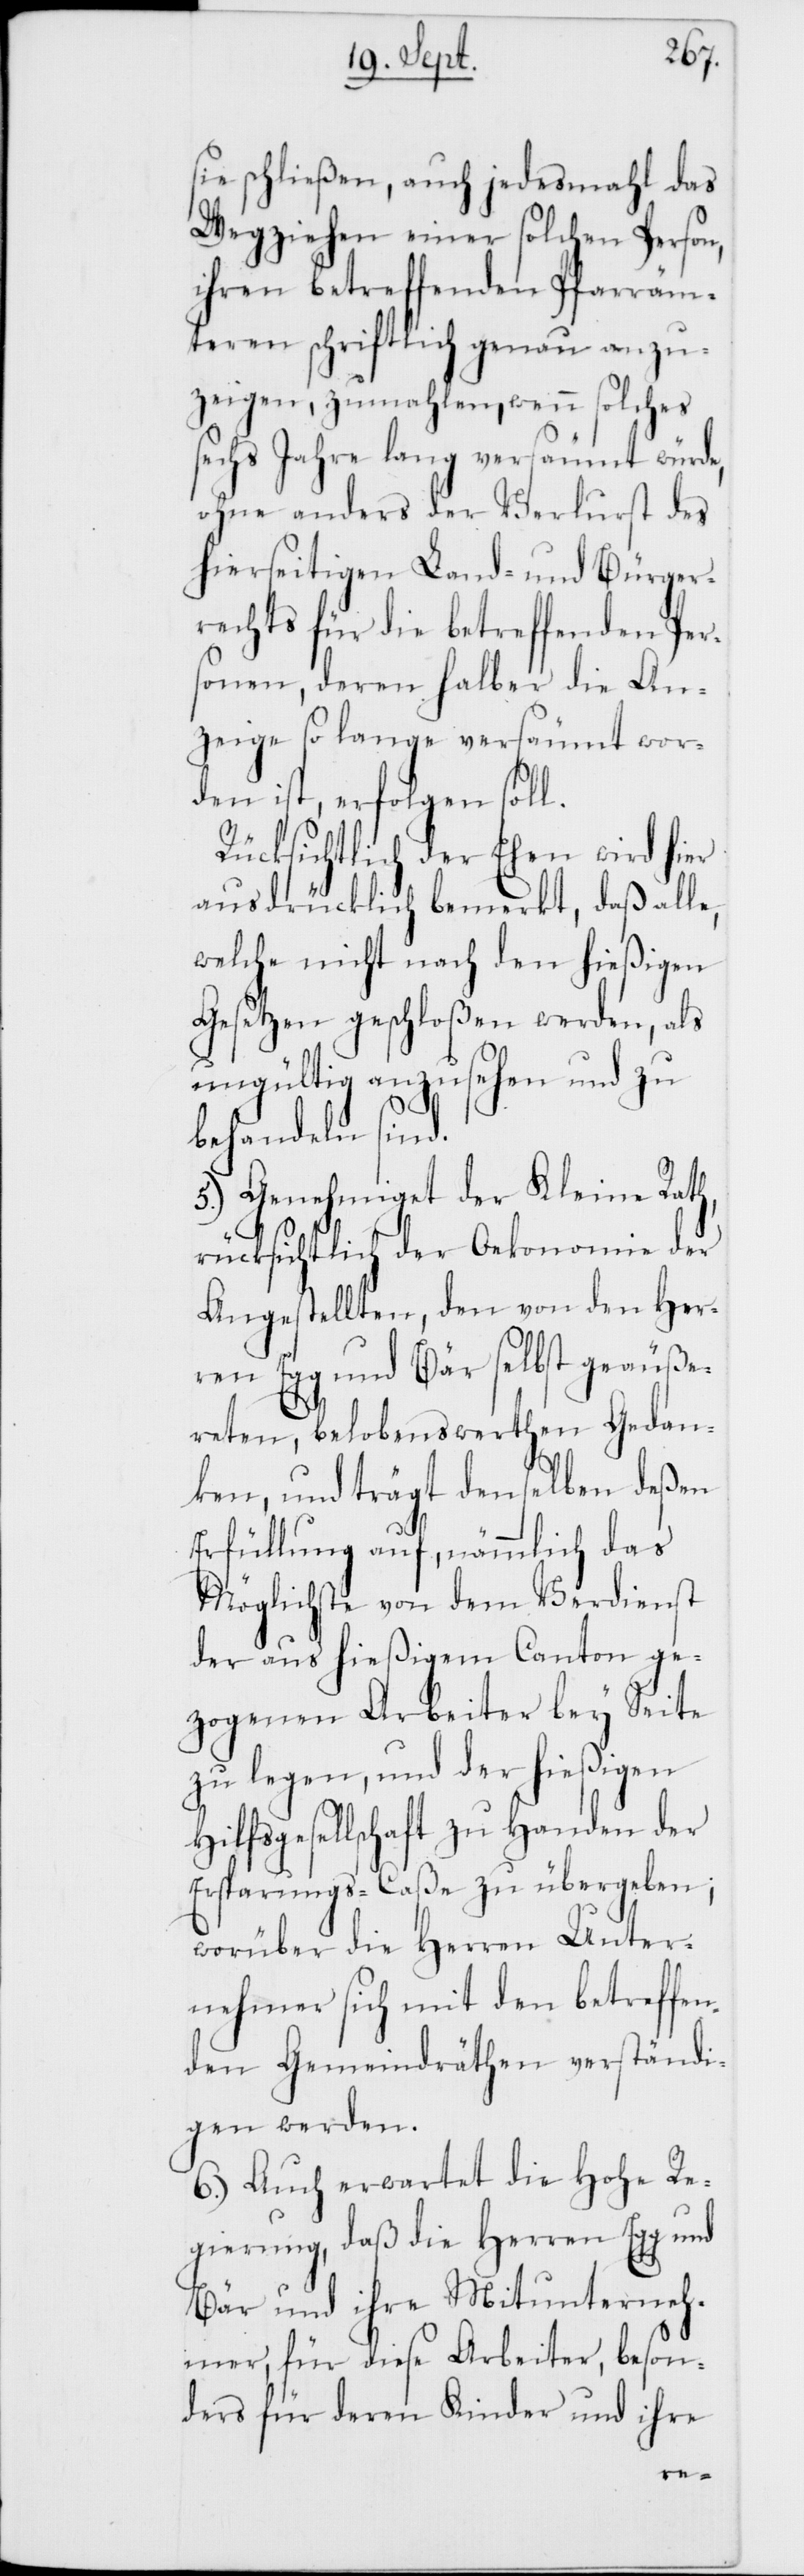
sie schließen, auch jedesmahl
Wegziehen einer solchen Person,
ihren betreffenden Pfarräm¬
teren schriftlich genau anzu¬
zeigen, zumahlen, wenn solches
sechs Jahre lang versäumt würde,
ohne anders der Verlust des
hierseitigen Land- und Bürgerr¬
rechts für die betreffenden Per¬
sonen, deren halber die An¬
zeige so lange versäumt wor¬
den ist, erfolgen soll.
Rücksichtlich der Ehen wird hier
ausdrücklich bemerkt, daß alle,
welche nicht nach den hießigen
Gesetzen geschloßen werden, als
ungültig anzusehen und zu
behandeln sind.
5.) Genehmiget der Kleine Rath,
rücksichtlich der Oekonomie der
Angestellten, den von den Her¬
ren Egg und Bär selbst geäuße¬
reten, belobenswerten Gedan¬
ken, und trägt denselben deßen
Erfüllung auf, nämmlich das
Möglichste von dem Verdienst
der aus hießigem Canton ge¬
zogenen Arbeiter bey Seite
zu legen, und der hießigen
Hilfsgesellschaft zu Handen der
Ersparungs-Caße zu übergeben;
worüber die Herren Unter¬
nehmer sich mit den betreffen¬
den Gemeindräthen verständi¬
gen werden.
6.) Auch erwartet die Hohe Re¬
gierung, daß die Herren Egg und
Bär und ihre Mitunterneh¬
mer, für diese Arbeiter, beson¬
ders für deren Kinder und ihre